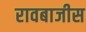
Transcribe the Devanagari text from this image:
रावबाजीस